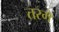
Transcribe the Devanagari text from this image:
तरगें